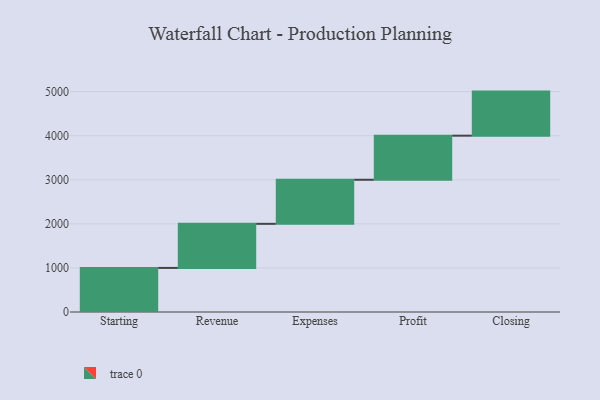
{"axis": {"x": "Step", "y": "Value"}, "legend": [""], "data": [{"x": "Starting", "y": 1000, "type": ""}, {"x": "Revenue", "y": 1000, "type": ""}, {"x": "Expenses", "y": 1000, "type": ""}, {"x": "Profit", "y": 1000, "type": ""}, {"x": "Closing", "y": 1000, "type": ""}]}